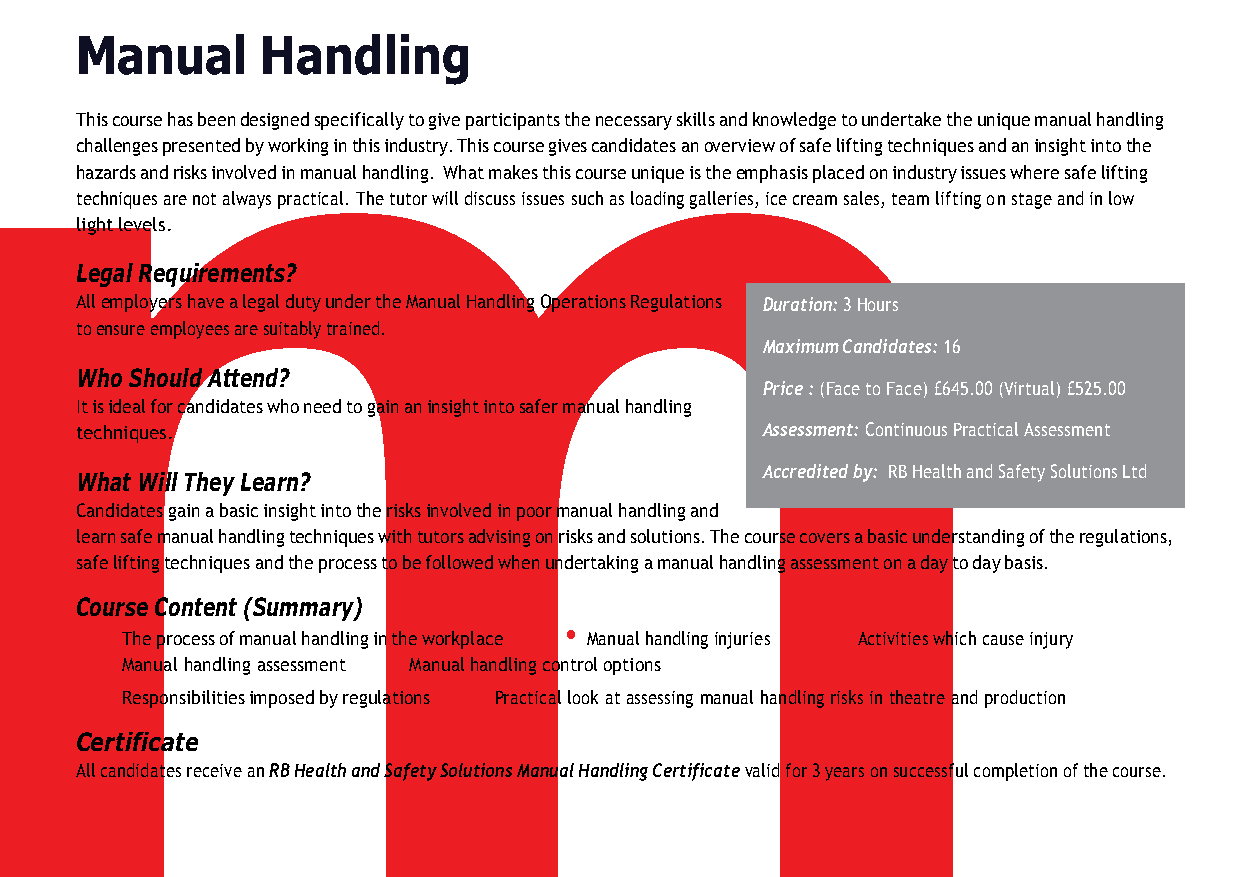
m
 Manual      Handling
 This course has been designed specifically to give participants the necessary skills and knowledge to undertake the unique manual handling
 challenges presented by working in this industry. This course gives candidates an overview of safe lifting techniques and an insight into the
 hazards and risks involved in manual handling. What makes this course unique is the emphasis placed on industry issues where safe lifting
 techniques are not always practical. The tutor will discuss issues such as loading galleries, ice cream sales, team lifting on stage and in low
 light levels.
 Legal Requirements?
 All employers have a legal duty under the Manual Handling Operations Regulations Duration: 3 Hours
 to ensure employees are suitably trained.
 Maximum Candidates: 16
 Who Should Attend?
 Price : (Face to Face) £645.00 (Virtual) £525.00
 It is ideal for candidates who need to gain an insight into safer manual handling
 techniques.                                  Assessment: Continuous Practical Assessment
 Accredited by: RB Health and Safety Solutions Ltd
 What Will They Learn?
 Candidates gain a basic insight into the risks involved in poor manual handling and
 learn safe manual handling techniques with tutors advising on risks and solutions. The course covers a basic understanding of the regulations,
 safe lifting techniques and the process to be followed when undertaking a manual handling assessment on a day to day basis.
 Course Content (Summary)
 •                             •                 •
 The process of manual handling in the workplace Manual handling injuries Activities which cause injury
 •                  •
 Manual handling assessment Manual handling control options
 •                       •
 Responsibilities imposed by regulations Practical look at assessing manual handling risks in theatre and production
 Certificate
 All candidates receive an RB Health and Safety Solutions Manual Handling Certificate valid for 3 years on successful completion of the course.